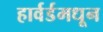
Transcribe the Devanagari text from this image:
हार्वर्डमधून